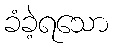
ခံခဲ့ရသော